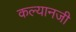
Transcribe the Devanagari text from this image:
कल्यानजी